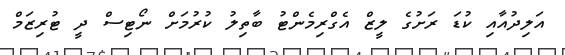
އަލިދުއާއި ކުޑަ ރަށުގެ ލީޒް އެގްރިމެންޓު ބާތިލު ކުރުމަށް ނޯޓިސް ދީ ޓުރިޒަމް